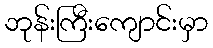
ဘုန်းကြီးကျောင်းမှာ